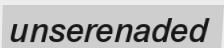
unserenaded